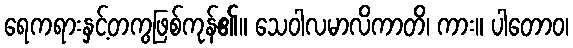
ရေကရားနှင့်တကွဖြစ်ကုန်၏။ သေဝါလမာလိကာတိ၊ ကား။ ပါတောဝ၊